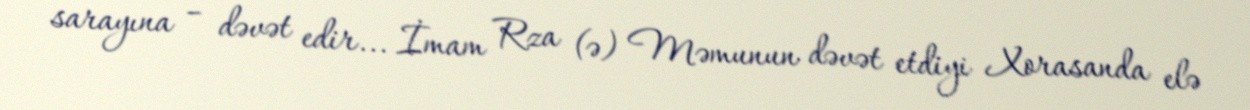
sarayına – dəvət edir... İmam Rza (ə) Məmunun dəvət etdiyi Xorasanda elə